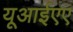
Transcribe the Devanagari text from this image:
यूआईएए